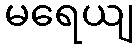
မရေယျ